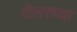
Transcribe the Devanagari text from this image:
रोलरच्या